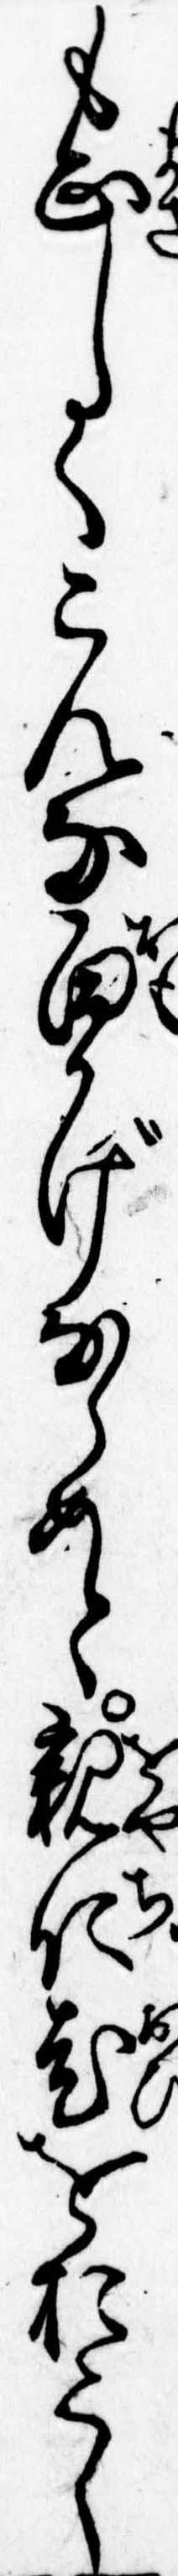
も正しくこんな面かげならめと親仁老をおこし